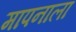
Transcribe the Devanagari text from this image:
मापनाला